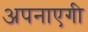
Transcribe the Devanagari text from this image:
अपनाएगी